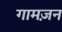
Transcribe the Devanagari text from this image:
गामज़न